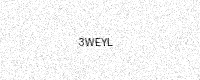
Text: 3WEYL